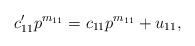
LaTeX: \begin{align*}c'_{11}p^{m_{11}} = c_{11} p^{m_{11}} + u_{11},\end{align*}